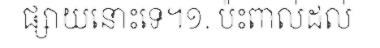
ផ្សាយនោះទេ។១. ប៉ះពាល់ដល់